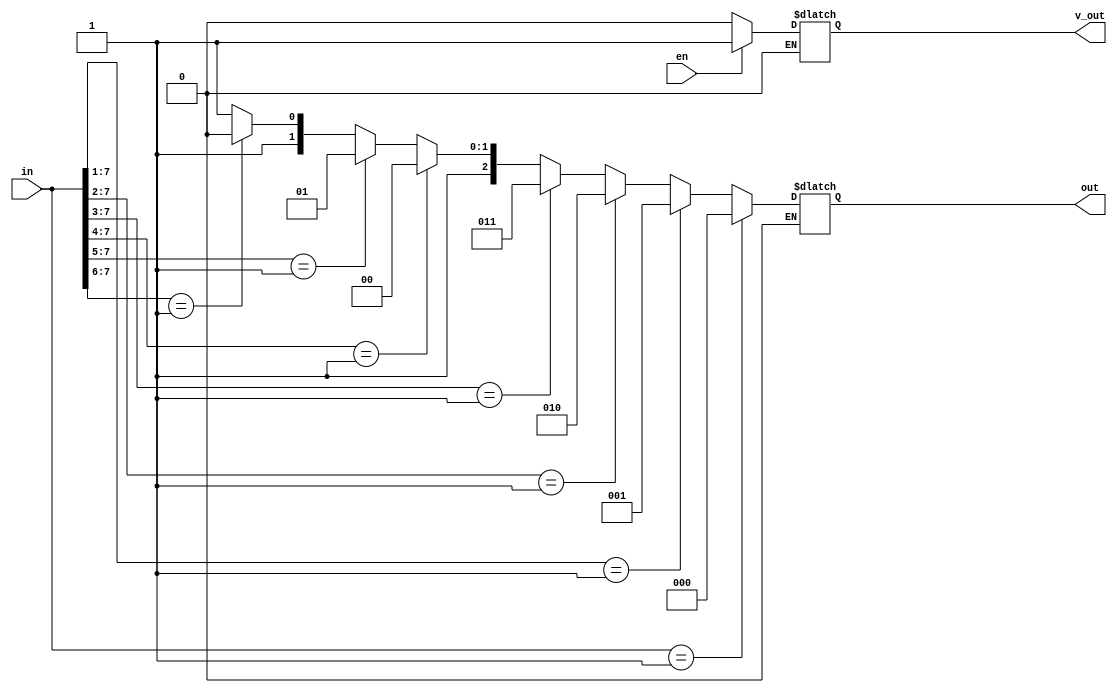
module p_encoder_8_3(en, in, v_out, out) ;
	
	input [7:0] in ;
	input en ;
	output reg v_out ;
	output reg [2:0] out ;

	always @(in, en)
		begin: always_block

		if (en == 1 'b0)
			{v_out, out} = 4 'b0xxx ;
		
		else if (en == 1 'b1)
			begin: else_if_block

			v_out = 1 'b1 ;

			if (in == 8 'd1)
				out = 3 'd0 ;
			
			else if (in[7:1] == 7 'd1)
				out = 3 'd1 ;

			else if (in[7:2] == 6 'd1)
				out = 3 'd2 ;

			else if (in[7:3] == 5 'd1)
				out = 3 'd3 ;

			else if (in[7:4] == 4 'd1)
				out = 3 'd4 ;

			else if (in[7:5] == 3 'd1)
				out = 3 'd5 ;

			else if (in[7:6] == 2 'd1)
				out = 3 'd6 ;

			else if (in[7] == 1 'd1)
				out = 3 'd7 ;

			else
				out = 3 'dx ;

			end: else_if_block

		end: always_block

endmodule